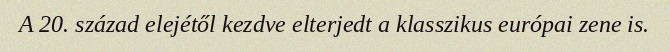
A 20. század elejétől kezdve elterjedt a klasszikus európai zene is.